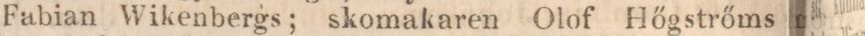
Fabian Wikenbergs; skomakaren Olof Hőgstrőms